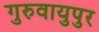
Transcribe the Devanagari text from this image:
गुरुवायुपुर